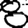
Digit: 8